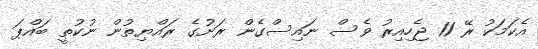
އެކަމަކު ރޭ 11 ޖެހިއިރު ވެސް ނައިސްގެން ރަށުގެ ރައްޔިތުން ނުކުތީ ބައްޕަ